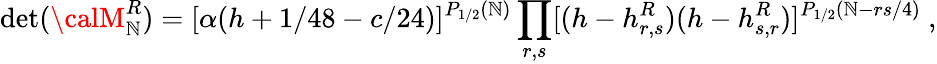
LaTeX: \operatorname*{d\mathrm{e}t}({\calM}_{\mathbb{N}}^{R})=[\alpha(h+1/48-c/24)]^{P_{1/2}(\mathbb{N})}\prod_{r,s}[(h-h_{r,s}^{R})(h-h_{s,r}^{R})]^{P_{1/2}(\mathbb{N}-{rs/4})}{}~,